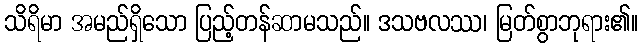
သိရိမာ အမည်ရှိသော ပြည့်တန်ဆာမသည်။ ဒသဗလဿ၊ မြတ်စွာဘုရား၏။